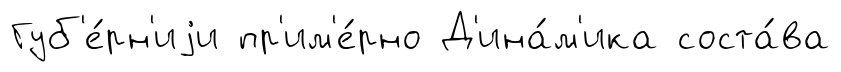
Губ'е́рн'иjи пр'им'е́рно Д'ина́м'ика соста́ва